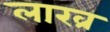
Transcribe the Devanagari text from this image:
लाख्र